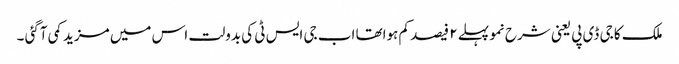
ملک کا جی ڈی پی یعنی شرح نمو پہلے ۲ فیصد کم ہواتھا اب جی ایس ٹی کی بدولت اس میں مزید کمی آگئی ۔